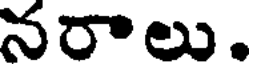
నరాలు.